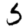
Digit: 5